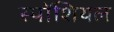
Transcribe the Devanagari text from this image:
स्पॉशियल